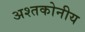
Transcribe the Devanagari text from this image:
अश्तकोनीय